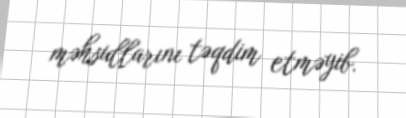
məhsullarını təqdim etməyib.